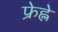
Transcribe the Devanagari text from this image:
फ्रेह्ले